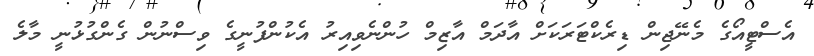
އެސްޓީއޯގެ މެނޭޖިން ޑިރެކްޓަރަކަށް އާދަމް އާޒިމް ހުންނެވިއިރު އެކުންފުނީގެ ވިސްނުން ގެންގުޅުނީ މާލެ